Indian journal of veterinary science and animal husbandry - Volumes 22-23, 1952-1953
Year: 1952
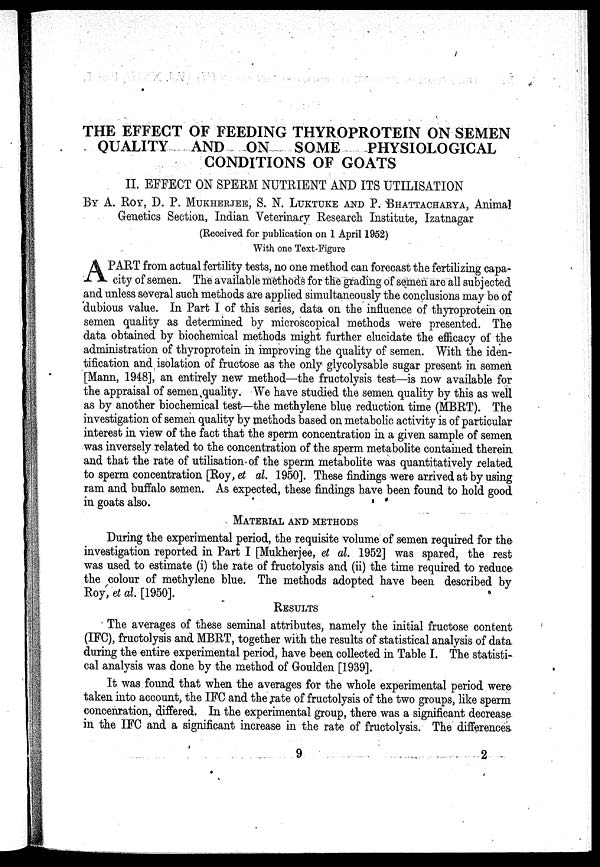
THE EFFECT OF FEEDING THYROPROTEIN ON SEMEN
QUALITY AND ON SOME
PHYSIOLOGICAL
CONDITIONS OF GOATS
II. EFFECT ON SPERM NUTRIENT AND ITS UTILISATION
BY A. ROY, D. P. MUKHERJEE, S. N. LUKTUKE AND P. BHATTACHARYA, Animal
Genetics Section, Indian Veterinary Research Institute, Izatnagar
(Received for publication on 1 April 1952)
With one Text-Figure
A PART from actual fertility tests, no one method can forecast the fertilizing capa-
city of semen. The available methods for the grading of semen are all subjected
and unless several such methods are applied simultaneously the conclusions may be of
'dubious value. In Part I of this series, data on the influence of thyroprotein on
semen quality as determined by microscopical methods were presented. The
data obtained by biochemical methods might further elucidate the efficacy of the
administration of thyroprotein in improving the quality of semen. With the iden-
tification and isolation of fructose as the only glycolysable sugar present in semen
[Mann, 1948], an entirely new method—the fructolysis test—is now available for
the appraisal of semen quality. We have studied the semen quality by this as well
as by another biochemical test—the methylene blue reduction time (MBRT). The
investigation of semen quality by methods based on metabolic activity is of particular
interest in view of the fact that the sperm concentration in a given sample of semen
was inversely related to the concentration of the sperm metabolite contained therein
and that the rate of utilisation of the sperm metabolite was quantitatively related
to sperm concentration [Roy, et al. 1950]. These findings were arrived at by using
ram and buffalo semen. As expected, these findings have been found to hold good
in goats also.
MATERIAL AND METHODS
During the experimental period, the requisite volume of semen required for the
investigation reported in Part I [Mukherjee, et al. 1952] was spared, the rest
was used to estimate (i) the rate of fructolysis and (ii) the time required to reduce
the colour of methylene blue. The methods adopted have been described by
Roy, et al. [1950].
RESULTS
The averages of these seminal attributes, namely the initial fructose content
(IFC), fructolysis and MBRT, together with the results of statistical analysis of data
during the entire experimental period, have been collected in Table I. The statisti-
cal analysis was done by the method of Goulden [1939].
It was found that when the averages for the whole experimental period were
taken into account, the IFC and the rate of fructolysis of the two groups, like sperm
concenration, differed. In the experimental group, there was a significant decrease
in the IFC and a significant increase in the rate of fructolysis. The differences
9
2